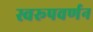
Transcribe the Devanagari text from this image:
स्वरूपवर्णन